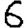
Digit: 6